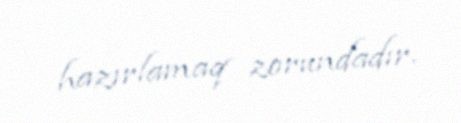
hazırlamaq zorundadır.